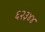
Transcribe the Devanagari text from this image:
६२३४४